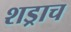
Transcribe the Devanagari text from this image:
शड्राच